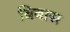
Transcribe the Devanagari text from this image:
बिबास